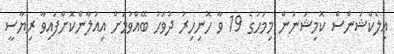
އިލެކްޝަންސް ކޮމިޝަނުން މިމަހުގެ 19 ވާ ހޮނިހިރު ދުވަހު ބޭއްވުމަށް އިއުލާންކޮށްފައިވާ ރިޔާސީ